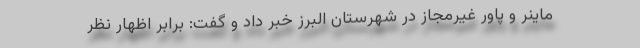
ماینر و پاور غیرمجاز در شهرستان البرز خبر داد و گفت: برابر اظهار نظر